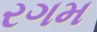
રગમ